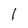
Character: 1